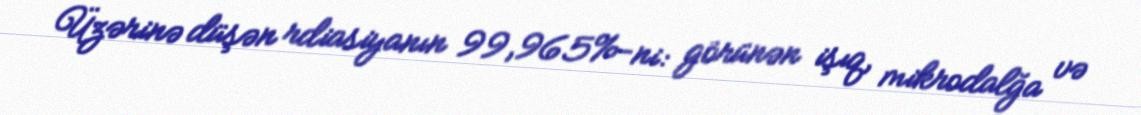
Üzərinə düşən rdiasiyanın 99,965%-ni: görünən işıq, mikrodalğa və